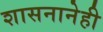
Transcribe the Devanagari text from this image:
शासनानेही